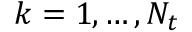
k = 1 , \ldots , N _ { t }